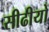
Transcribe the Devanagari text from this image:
सीढीयों